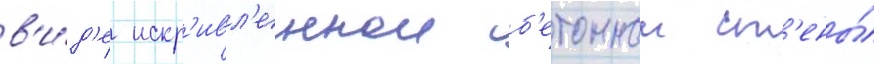
в'и́д'е искр'ивл'еннои б'етоннои ст'ены́